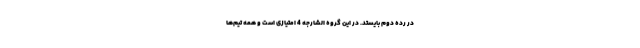
در رده دوم بایستد. در این گروه الشارجه 4 امتیازی است و همه تیم‌ها